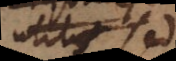
utilis sed